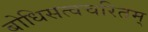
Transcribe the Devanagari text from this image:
बोधिसत्वचरितम्